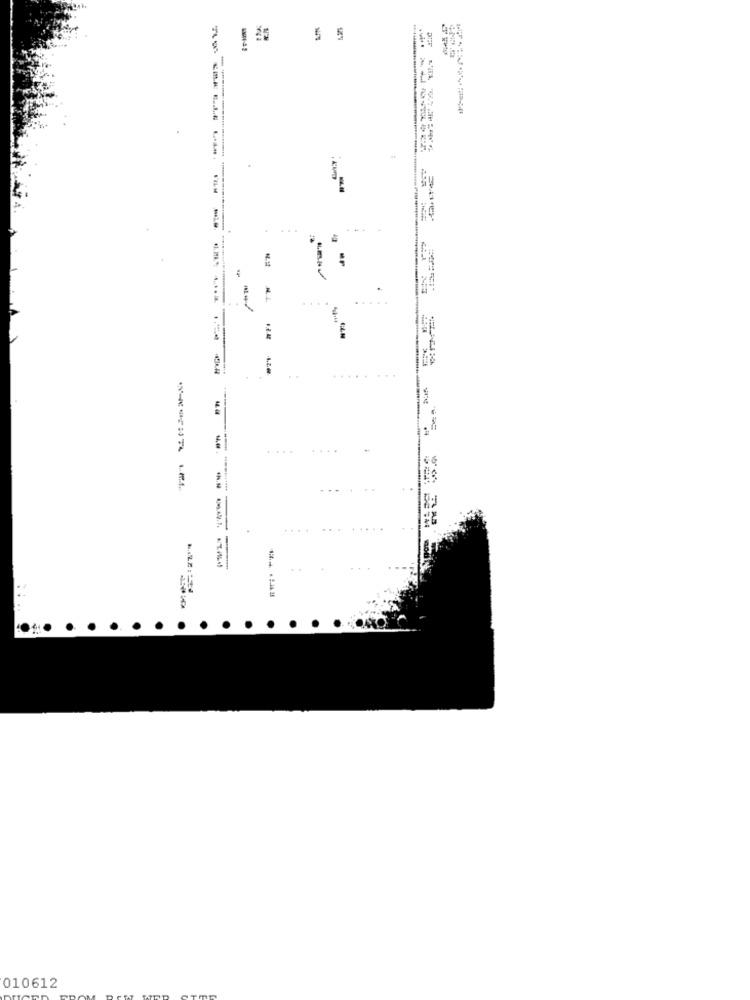
5
5
-------
-
...
-
....
-----
-----
010612